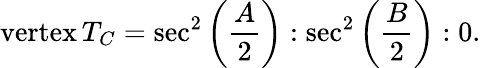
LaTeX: {\mathrm{vertex}}\, T_{C}=\sec^{2}\left({\frac{A}{2}}\right):\sec^{2}\left({\frac{B}{2}}\right):0.